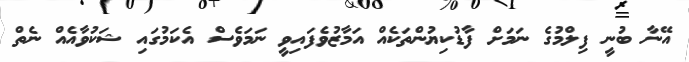
އޭނާ ބުނީ ފިލްމުގެ ނަމަށް ފާޑުކިޔުންތަކެއް އަމާޒުވެފައިވީ ނަމަވެސް އެކަމުގައި ޝަކުވާއެއް ނެތް